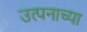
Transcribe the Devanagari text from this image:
उत्पनाच्या